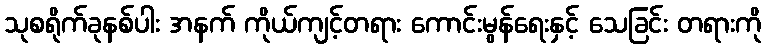
သုစရိုက်ခုနစ်ပါး အနက် ကိုယ်ကျင့်တရား ကောင်းမွန်ရေးနှင့် သေခြင်း တရားကို